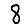
Digit: 8